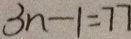
3 n - 1 = 7 7